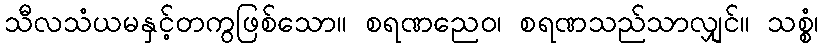
သီလသံယမနှင့်တကွဖြစ်သော။ စရဏညေဝ၊ စရဏသည်သာလျှင်။ သစ္စံ၊